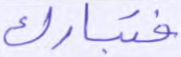
فتبارك